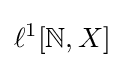
\ell ^{1}[\mathbb {N} ,X]